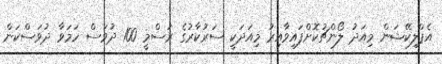
އެޕްލިކޭޝަން މިއަދު ލޯންޗުކޮށްފައިވާއިރު މިއަދަކީ ސަރުކާރުގެ ރަސްމީ 100 ދުވަސް ހަމަވާ ދުވަސްކަން